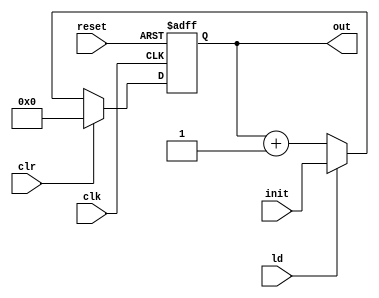
// ----------------------------------------------------------------------------
// Project:     Lab_1
// Module:      count4
// Description: 
// Student ID:  21003160314
// ----------------------------------------------------------------------------

module count4 ( clk,reset,clr,ld,init,out );
input           clk     ;
input           reset   ;
input           clr     ;
input           ld      ;
input   [3:0]   init    ;
output	[3:0]	out     ;

reg	[3:0]   out;

always@(posedge clk or posedge reset) begin
    if(reset) 
        out <= 0;
    else if(clr)
        out <= 0;
    else if(ld)
        out <= init;
    else
        out <= out + 1;
end

endmodule